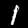
Label: 1